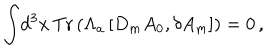
LaTeX: \int \! d ^ { 3 } x \, \mathrm { T r } \left( \Lambda _ { a } \left[ D _ { m } A _ { 0 } , \delta A _ { m } \right] \right) = 0 \, ,